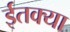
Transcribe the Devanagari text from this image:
ईतक्या